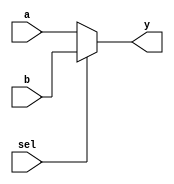
module mux2to1 (
    input wire a,       // Input a
    input wire b,       // Input b
    input wire sel,     // Select input
    output reg y        // Output y
);

    always @(*) begin
        // Continuous assignment based on the select line
        if (sel) begin
            y = b;      // If sel is 1, output b
        end else begin
            y = a;      // If sel is 0, output a
        end
    end

endmodule